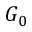
G _ { 0 }